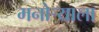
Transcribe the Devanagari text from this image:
मनोऱ्याला